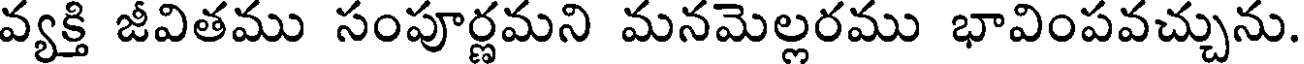
వ్యక్తి జీవితము సంపూర్ణమని మనమెల్లరము భావింపవచ్చును.